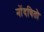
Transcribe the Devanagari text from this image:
नोंदवितो